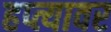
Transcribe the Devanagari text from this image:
हप्त्यावर